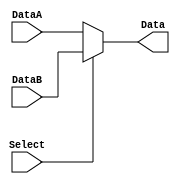
`timescale 1ns / 1ps
//////////////////////////////////////////////////////////////////////////////////
// Company: 
// Engineer: 
// 
// Design Name: 
// Module Name: select5bits
// Project Name: 
// Target Devices: 
// Tool Versions: 
// Description: 
// 
// Dependencies: 
// 
// Revision:
// Revision 0.01 - File Created
// Additional Comments:
// 
//////////////////////////////////////////////////////////////////////////////////


/*
register destination
input:
        DataA, DataB: 
        Select: 
output:
        Data: 
*/


module Select5bits(
    input Select,
    input [4:0] DataA, DataB,
    output [4:0] Data
    );
    assign Data = Select?DataB:DataA;
endmodule